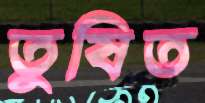
তুষিত